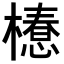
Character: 𣜚